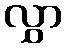
လွှာ